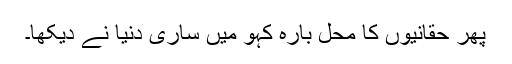
پھر حقانیوں کا محل بارہ کہو میں ساری دنیا نے دیکھا۔